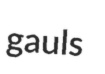
gauls